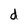
Character: d